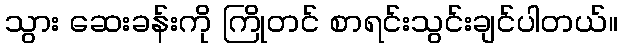
သွား ဆေးခန်းကို ကြိုတင် စာရင်းသွင်းချင်ပါတယ်။